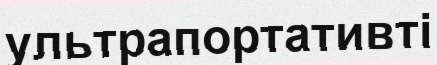
ультрапортативті